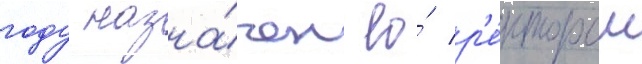
году назна́чен ео́ р'е́ктором